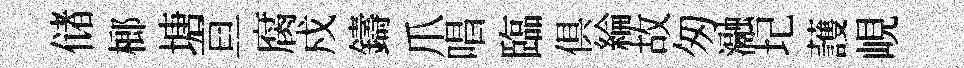
储榔塘亘腐戍鑄爪唱臨俱綸故匆瀜圮䕶峴